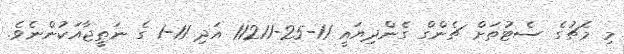
މި މެޗުގެ ސެޓުތަށް ޗެންގް ގެންދިޔައީ 11-25-11211 އަދި 11-1 ގެ ނަތީޖާއަކުންނެވެ.